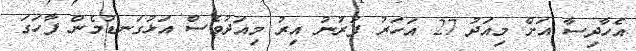
އެހާދިސާ އަށް މިއަދު 27 އަހަރު ފުރުނު އިރު މިއަދުވެސް އަޅުގަނޑުމެން ފާހަގަ